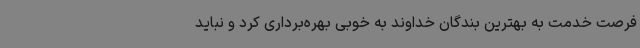
فرصت خدمت به بهترین بندگان خداوند به خوبی بهره‌برداری کرد و نباید